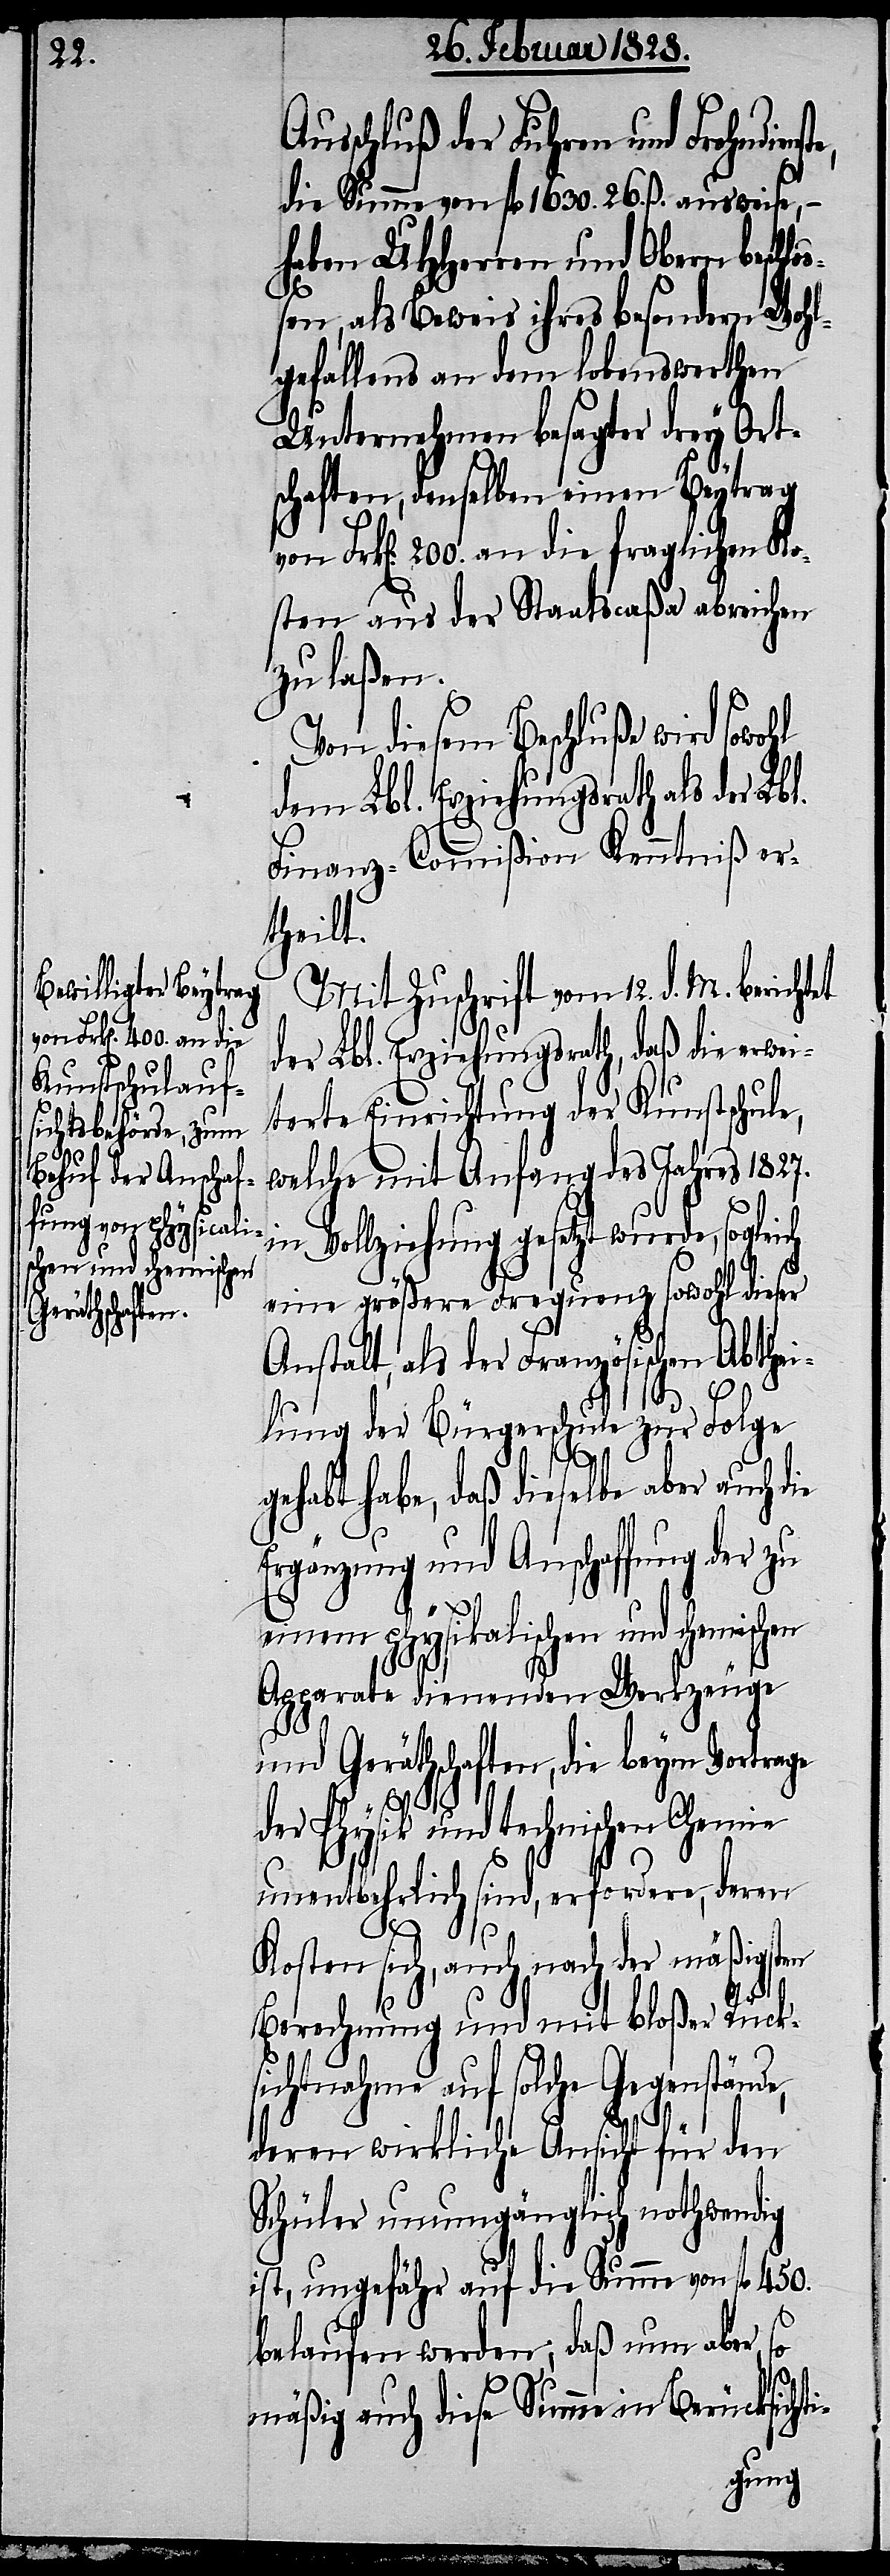
hl

sschluß der Fuhren und Frohndien¬
die Summe von fl. 1630. 26. ß ausweise,
haben UHHerren und Obern beschl¬
oßen, als Beweis ihres besondern Wohl¬
gefallens an dem lobenswerthen
Unternehmen besagter drey Ort¬
schaften, denselben einen Beytrag
Frk[en]. 200. an die fraglichen Ko¬
sten aus der Staatscaßa abreichen
zu laßen.
Von diesem Beschluße wird sowo¬
dem Lbl. Erziehungsrath als der Lbl.
Finanz-Commißion Kenntniß er¬
theilt.
Mit Zuschrift vom 12. d. M. bericht¬
der Lbl. Erziehungsrath, daß die erwei¬
terte Einrichtung der Kunstschule,
welche mit Anfang des Jahres 1827.
in Vollziehung gesetzt wurde, sogleich
eine größere Frequenz sowohl dieser
Anstalt, als der Französischen Abthei¬
lung der Bürgerschule zur Folge
ste,
gehabt habe, daß dieselbe aber auch die
Ergänzung und Anschaffung der zu
einem physikalischen und chemisc¬
Apparate dienenden Werkzeuge
und Gerätschaften, die beym Vortrage
der Physik und technischen Chemie
unentbehrlich sind, erfordere, deren
Au¬
Kosten sich, auch nach der mäßigsten
Berechnung und mit bloßer Rück¬
sichtnahme auf solche Gegenstände,
deren wirkliche Ansicht für den
Schüler unumgänglich nothwendig
ist, ungefähr auf die Summe von fl. 450.
i-
belaufen werden; daß nun aber,
mäßig auch diese Summe in Berücksicht¬